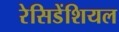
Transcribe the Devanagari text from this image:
रेसिडेंशियल